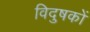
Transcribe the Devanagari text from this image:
विदुषकों